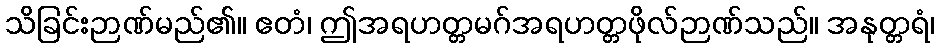
သိခြင်းဉာဏ်မည်၏။ ဧတံ၊ ဤအရဟတ္တမဂ်အရဟတ္တဖိုလ်ဉာဏ်သည်။ အနုတ္တရံ၊